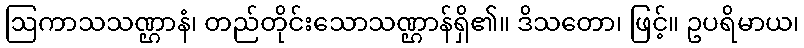
ဩကာသသဏ္ဌာနံ၊ တည်တိုင်းသောသဏ္ဌာန်ရှိ၏။ ဒိသတော၊ ဖြင့်။ ဥပရိမာယ၊